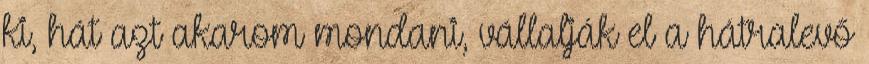
ki, hát azt akarom mondani, vállalják el a hátralevő